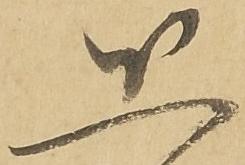
恐